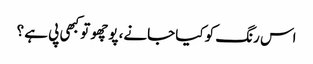
اس رنگ کو کیا جانے، پوچھو تو کبھی پی ہے ؟